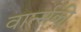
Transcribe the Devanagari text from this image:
वार्त्सकी